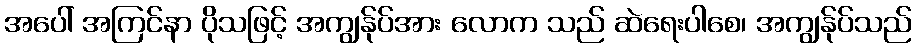
အပေါ် အကြင်နာ ပိုသဖြင့် အကျွန်ုပ်အား လောက သည် ဆဲရေးပါစေ၊ အကျွန်ုပ်သည်